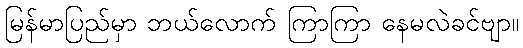
မြန်မာပြည်မှာ ဘယ်လောက် ကြာကြာ နေမလဲခင်ဗျာ။